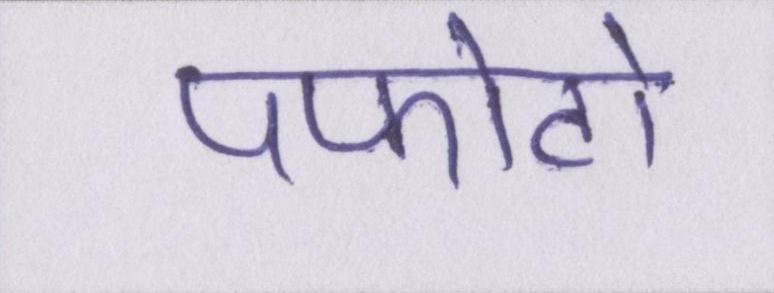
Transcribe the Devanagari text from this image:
पफोटो